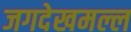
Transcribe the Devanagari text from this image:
जगदेखमल्ल